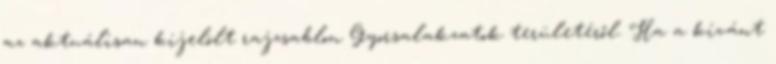
az aktuálisan kijelölt rajzsablon Gyorsalakzatok területéről. Ha a kívánt